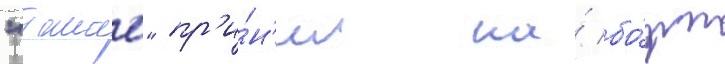
"такао" пр'и́н'ял на́ бо́рт